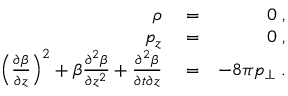
\begin{array} { r l r } { \rho } & { { } = } & { 0 \; , } \\ { p _ { z } } & { { } = } & { 0 \; , } \\ { \left( \frac { \partial \beta } { \partial z } \right) ^ { 2 } + \beta \frac { \partial ^ { 2 } \beta } { \partial z ^ { 2 } } + \frac { \partial ^ { 2 } \beta } { \partial t \partial z } } & { { } = } & { - 8 \pi p _ { \perp } \; . } \end{array}